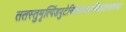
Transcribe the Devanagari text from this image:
ततस्तुमृत्पिंडपुटेनिधायपश्यन्दिशंप्रेतगणोपरुढां